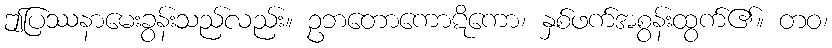
ဤပြဿနာမေးခွန်းသည်လည်း။ ဥဘတောကောဋိကော၊ နှစ်ဖက်အစွန်းထွက်၏။ တဝ၊